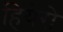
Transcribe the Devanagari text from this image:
हियेरो